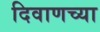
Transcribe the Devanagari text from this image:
दिवाणच्या